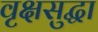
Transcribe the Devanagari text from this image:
वृक्षसुद्धा